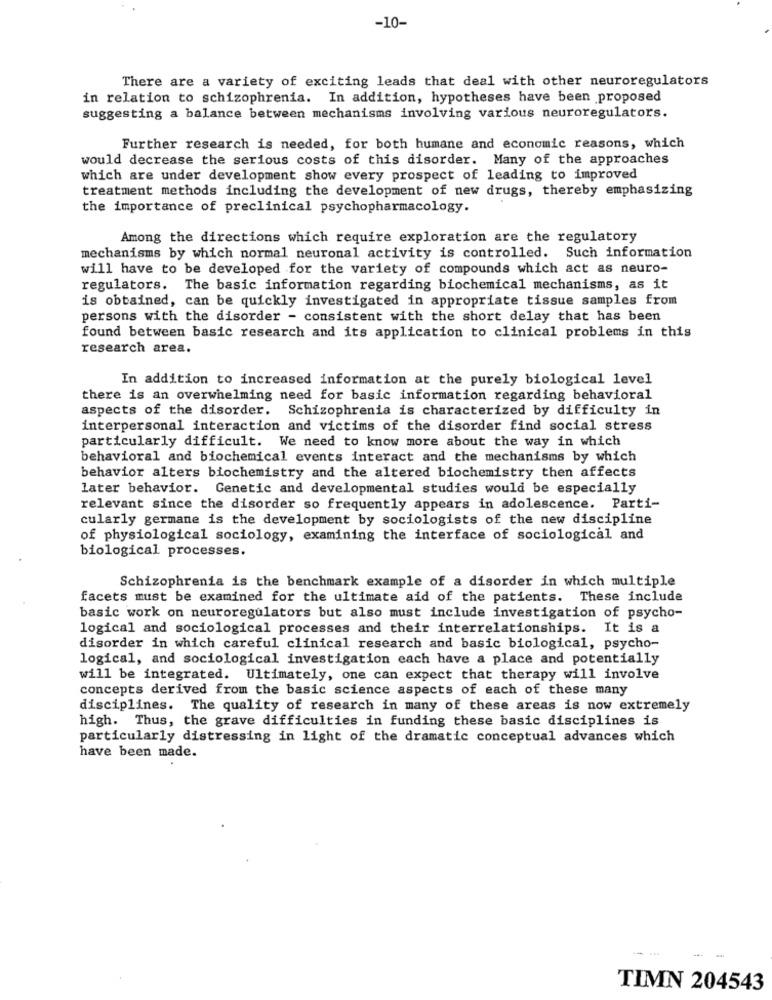
-10-
There are a variety of exciting leads that deal with other neuroregulators
in relation to schizophrenia. In addition, hypotheses have been proposed
suggesting a balance between mechanisms involving various neuroregulators.
Further research is needed, for both humane and economic reasons, which
would decrease the serious costs of this disorder. Many of the approaches
which are under development show every prospect of leading to improved
treatment methods including the development of new drugs, thereby emphasizing
the importance of preclinical psychopharmacology.
Among the directions which require exploration are the regulatory
mechanisms by which normal neuronal activity is controlled. Such information
will have to be developed for the variety of compounds which act as neuro-
regulators. The basic information regarding biochemical mechanisms, as it
is obtained, can be quickly investigated in appropriate tissue samples from
persons with the disorder - consistent with the short delay that has been
found between basic research and its application to clinical problems in this
research area.
In addition to increased information at the purely biological level
there is an overwhelming need for basic information regarding behavioral
aspects of the disorder. Schizophrenia is characterized by difficulty in
interpersonal interaction and victims of the disorder find social stress
particularly difficult. We need to know more about the way in which
behavioral and biochemical events interact and the mechanisms by which
behavior alters biochemistry and the altered biochemistry then affects
later behavior. Genetic and developmental studies would be especially
relevant since the disorder so frequently appears in adolescence. Parti-
cularly germane is the development by sociologists of the new discipline
of physiological sociology, examining the interface of sociological and
biological processes.
Schizophrenia is the benchmark example of a disorder in which multiple
facets must be examined for the ultimate aid of the patients. These include
basic work on neuroregulators but also must include investigation of psycho-
logical and sociological processes and their interrelationships. It is a
disorder in which careful clinical research and basic biological, psycho-
logical, and sociological investigation each have a place and potentially
will be integrated. Ultimately, one can expect that therapy will involve
concepts derived from the basic science aspects of each of these many
disciplines. The quality of research in many of these areas is now extremely
high. Thus, the grave difficulties in funding these basic disciplines is
particularly distressing in light of the dramatic conceptual advances which
have been made.
--
TIMN 204543